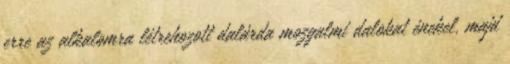
erre az alkalomra létrehozott dalárda mozgalmi dalokat énekel, majd